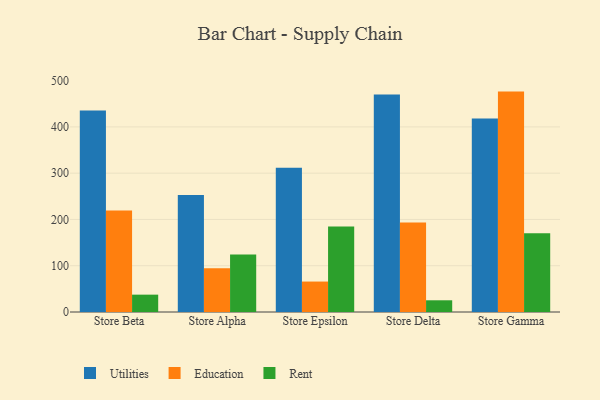
{"axis": {"x": "Store", "y": "Page Views"}, "legend": ["Education", "Rent", "Utilities"], "data": [{"x": "Store Beta", "y": 435.7, "type": "Utilities"}, {"x": "Store Beta", "y": 219.1, "type": "Education"}, {"x": "Store Beta", "y": 37.5, "type": "Rent"}, {"x": "Store Alpha", "y": 252.7, "type": "Utilities"}, {"x": "Store Alpha", "y": 94.5, "type": "Education"}, {"x": "Store Alpha", "y": 124.3, "type": "Rent"}, {"x": "Store Epsilon", "y": 311.5, "type": "Utilities"}, {"x": "Store Epsilon", "y": 65.8, "type": "Education"}, {"x": "Store Epsilon", "y": 184.7, "type": "Rent"}, {"x": "Store Delta", "y": 470.2, "type": "Utilities"}, {"x": "Store Delta", "y": 193.4, "type": "Education"}, {"x": "Store Delta", "y": 25.3, "type": "Rent"}, {"x": "Store Gamma", "y": 418.1, "type": "Utilities"}, {"x": "Store Gamma", "y": 476.3, "type": "Education"}, {"x": "Store Gamma", "y": 170.4, "type": "Rent"}]}